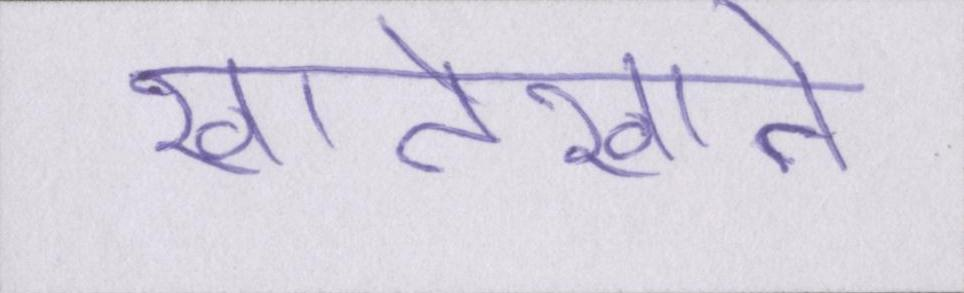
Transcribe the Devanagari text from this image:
खातेखाते